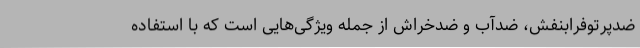
ضدپرتوفرابنفش، ضدآب و ضدخراش از جمله ویژگی‌هایی است که با استفاده